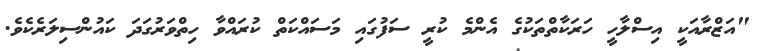
"އަޒްރާއަކީ އިސްލާހީ ހަރަކާތްތަކުގެ އެންމެ ކުރީ ސަފުގައި މަަސައްކަތް ކުރައްވާ ހިތްވަރުގަދަ ކައުންސިލަރެކެވެ.